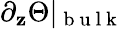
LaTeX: \partial_{\mathbf{z}}\Theta\vert_{\mathrm{{~b~u~l~k~}}}